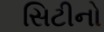
સિટીનો